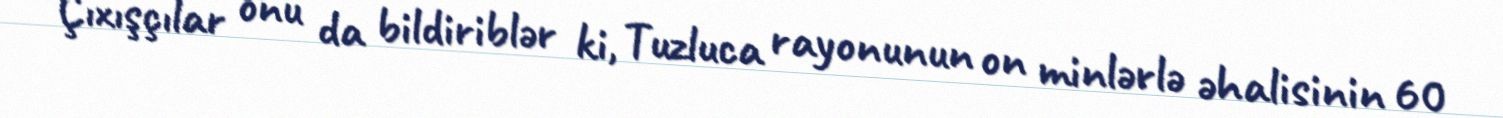
Çıxışçılar onu da bildiriblər ki, Tuzluca rayonunun on minlərlə əhalisinin 60